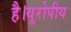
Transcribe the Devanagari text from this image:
है।यूरोपीय